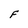
Character: F